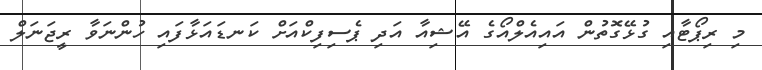
މި ރިޕޯޓާއި ގުޅޭގޮތުން އައިއެލްއޯގެ އޭޝިއާ އަދި ޕެސިފިކްއަށް ކަނޑައަޅާފައި ހުންނަވާ ރީޖަނަލް